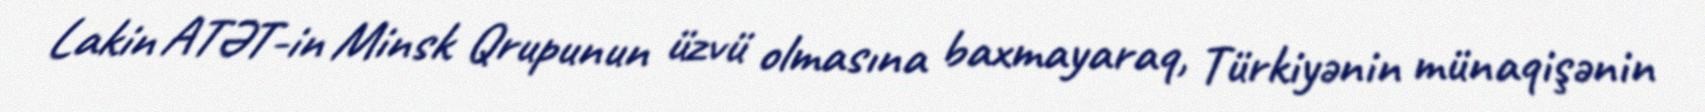
Lakin ATƏT-in Minsk Qrupunun üzvü olmasına baxmayaraq, Türkiyənin münaqişənin